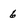
Character: 6